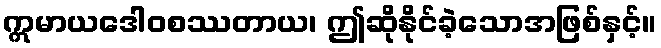
ဣမာယဒေါဝစဿတာယ၊ ဤဆိုနိုင်ခဲ့သောအဖြစ်နှင့်။